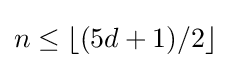
n\leq \lfloor (5d+1)/2\rfloor